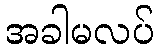
အခါမလပ်